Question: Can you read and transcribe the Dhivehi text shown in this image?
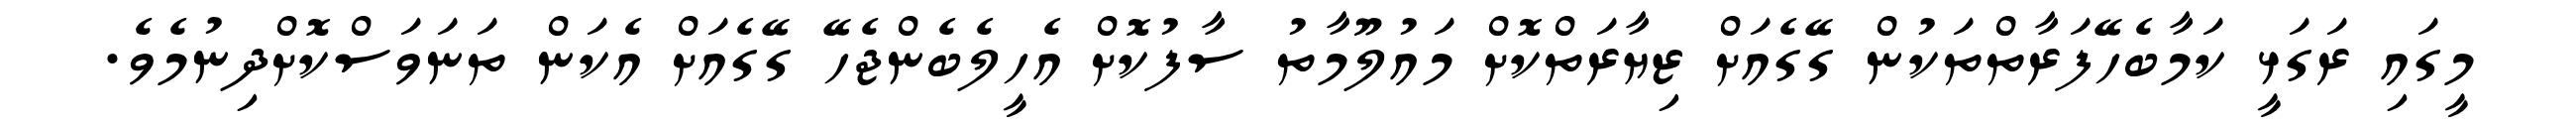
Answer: މީގައި ރަގަޅީ ކަމާބެހޭފަރާތްތަކުން ގޭގެއަށް ޒިޔާރަތްކޮށް މައުލޫމާތު ސާފުކޮށް އެހީލެބެންޖެހޭ ގޭގެއަށް އެކަން ތަނަވަސްކޮށްދިނުމެވެ.